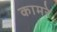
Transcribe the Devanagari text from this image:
कामरे